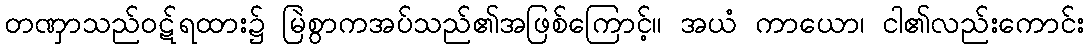
တဏှာသည်ဝဋ်ရထား၌ မြဲစွာကအပ်သည်၏အဖြစ်ကြောင့်။ အယံ ကာယော၊ ငါ၏လည်းကောင်း